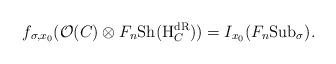
LaTeX: \begin{align*}f_{\sigma,x_0}(\mathcal O(C)\otimes F_n\mathrm{Sh}(\mathrm H_C^{\mathrm{dR}}))=I_{x_0}(F_n\mathrm{Sub}_\sigma). \end{align*}